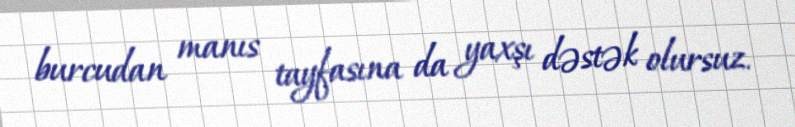
burcudan manıs tayfasına da yaxşı dəstək olursuz.